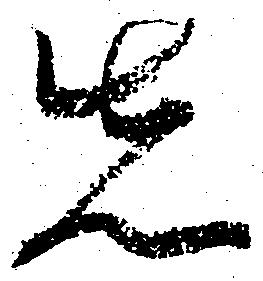
先